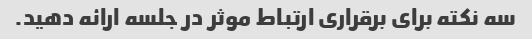
سه نکته برای برقراری ارتباط موثر در جلسه ارائه دهید.